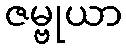
ဇမ္ဗုယာ